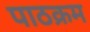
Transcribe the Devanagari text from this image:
पाठक्रम